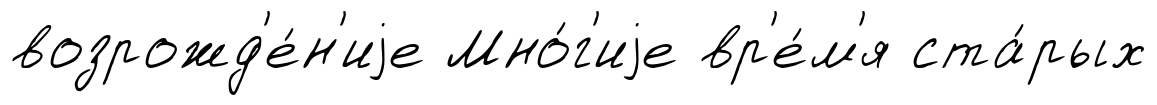
возрожд'е́н'иjе Мно́г'иjе вр'е́м'я ста́рых